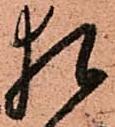
猶